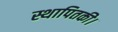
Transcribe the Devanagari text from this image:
स्थापितकी।